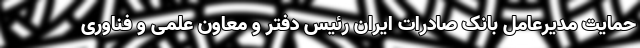
حمایت مدیرعامل بانک صادرات ایران رئیس دفتر و معاون علمی و فناوری